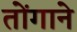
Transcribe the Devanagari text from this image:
तोंगाने